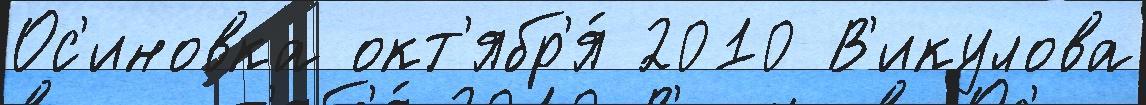
Ос'иновка окт'ябр'я́ 2010 В'икулова